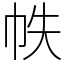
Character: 帙